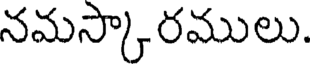
నమస్కారములు.